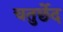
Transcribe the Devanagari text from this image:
चतुर्छेद